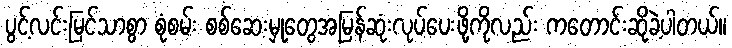
ပွင့်လင်းမြင်သာစွာ စုံစမ်း စစ်ဆေးမှုတွေအမြန်ဆုံးလုပ်ပေးဖို့ကိုလည်း ကတောင်းဆိုခဲ့ပါတယ်။